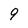
Character: 9